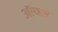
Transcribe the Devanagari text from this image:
ऑचल